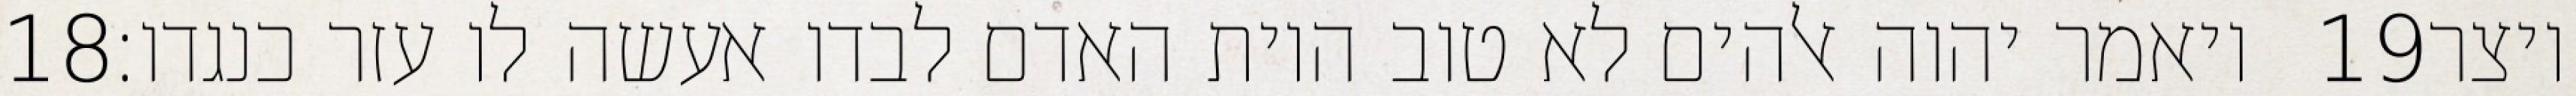
‎18‏ ויאמר יהוה אלהים לא טוב היות האדם לבדו אעשה לו עזר כנגדו׃ ‎19‏ ויצר